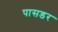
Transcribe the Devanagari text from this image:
पासडर